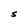
Character: S